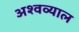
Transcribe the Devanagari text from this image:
अश्वव्याल